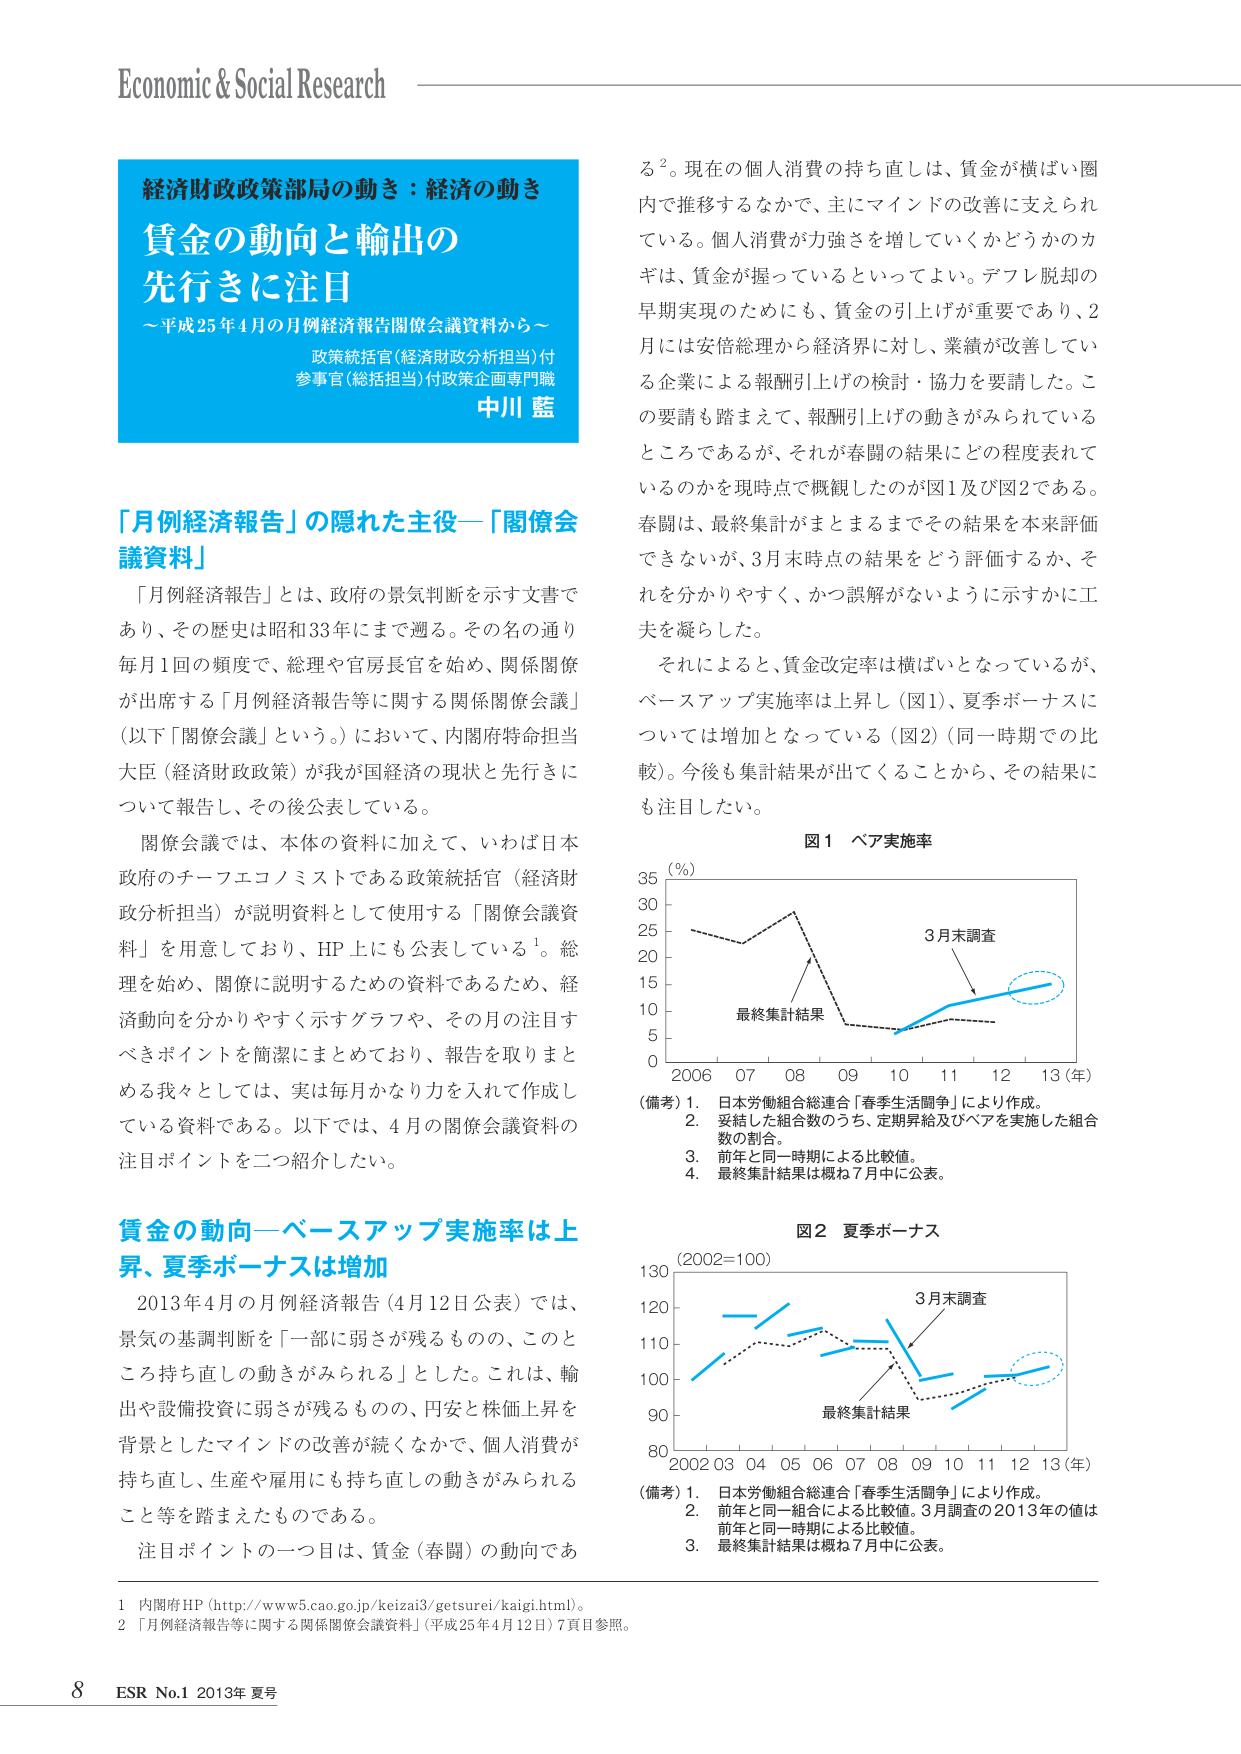
Economic & Social Research

経済財政政策部局の動き：経済の動き
賃金の動向と輸出の
先行きに注目
～平成25年4月の月例経済報告関係会議資料から～
政策統括官（経済財政分析担当）付
参事官（総括担当）付政策企画専門職
中川 藍

「月例経済報告」の隠れた主役―「関係会
議資料」
「月例経済報告」とは、政府の景気判断を示す文書で
あり、その歴史は昭和33年にまで遡る。その名の通り
毎月1回の頻度で、総理や官房長官を始め、関係閣僚
が出席する「月例経済報告等に関する関係閣僚会議」
（以下「関係会議」という。）において、内閣府特命担当
大臣（経済財政政策）が我が国経済の現状と先行きに
ついて報告し、その後公表している。
関係会議では、本体の資料に加えて、いわば日本
政府のチーフエコノミストである政策統括官（経済財
政分析担当）が説明資料として使用する「関係会議資
料」を用意しており、HP 上にも公表している¹。総
理を始め、関係に説明するための資料であるため、経
済動向を分かりやすく示すグラフや、その月の注目す
べきポイントを簡潔にまとめており、報告を取りまと
める我々としては、実は毎月かなり力を入れて作成し
ている資料である。以下では、4月の関係会議資料の
注目ポイントを二つ紹介したい。

賃金の動向―ベースアップ実施率は上
昇、夏季ボーナスは増加
2013年4月の月例経済報告（4月12日公表）では、
景気の基調判断を「一部に弱さが残るものの、このと
ころ持ち直しの動きがみられる」とした。これは、輸
出や設備投資に弱さが残るものの、円安と株価上昇を
背景としたマインドの改善が続くなかで、個人消費が
持ち直し、生産や雇用にも持ち直しの動きがみられる
こと等を踏まえたものである。
注目ポイントの一つ目は、賃金（春闘）の動向であ

る²。現在の個人消費の持ち直しは、賃金が横ばい圏
内で推移するなかで、主にマインドの改善に支えられ
ている。個人消費が力強さを増していくかどうかのカ
ギは、賃金が握っているといってよい。デフレ脱却の
早期実現のためにも、賃金の引上げが重要であり、2
月には安倍総理から経済界に対し、業績が改善してい
る企業による報酬引上げの検討・協力を要請した。こ
の要請も踏まえて、報酬引上げの動きがみられている
ところであるが、それが春闘の結果にどの程度表れて
いるのかを現時点で概観したのが図1及び図2である。
春闘は、最終集計がまとまるまでその結果を本来評価
できないが、3月末時点の結果をどう評価するか、そ
れを分かりやすく、かつ誤解がないように示すかに工
夫を凝らした。
それによると、賃金改定率は横ばいとなっているが、
ベースアップ実施率は上昇し（図1）、夏季ボーナスに
ついては増加となっている（図2）（同一時期での比
較）。今後も集計結果が出てくることから、その結果に
も注目したい。

図1 ベア実施率
(％)
35
30
25
20
15
10
5
0
2006 07 08 09 10 11 12 13（年）
3月末調査
最終集計結果
（備考）1. 日本労働組合総連合「春季生活闘争」により作成。
2. 妥結した組合数のうち、定期昇給及びベアを実施した組合
数の割合。
3. 前年と同一時期による比較値。
4. 最終集計結果は概ね7月中に公表。

図2 夏季ボーナス
（2002=100）
130
120
110
100
90
80
2002 03 04 05 06 07 08 09 10 11 12 13（年）
3月末調査
最終集計結果
（備考）1. 日本労働組合総連合「春季生活闘争」により作成。
2. 前年と同一組合による比較値。3月調査の2013年の値は
前年と同一時期による比較値。
3. 最終集計結果は概ね7月中に公表。

1 内閣府HP（http://www5.cao.go.jp/keizai3/getsurei/kaigi.html）。
2 「月例経済報告等に関する関係閣僚会議資料」（平成25年4月12日）7頁目参照。

8 ESR No.1 2013年 夏号